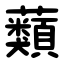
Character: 蘱